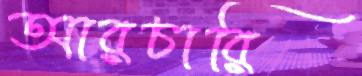
আরচারি